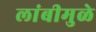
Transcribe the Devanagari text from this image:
लांबीमुळे